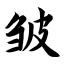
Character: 皱